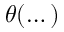
\boldsymbol \theta ( \dots )